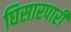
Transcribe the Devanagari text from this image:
घिसारपारी